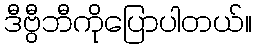
ဒီဗွီဘီကိုပြောပါတယ်။